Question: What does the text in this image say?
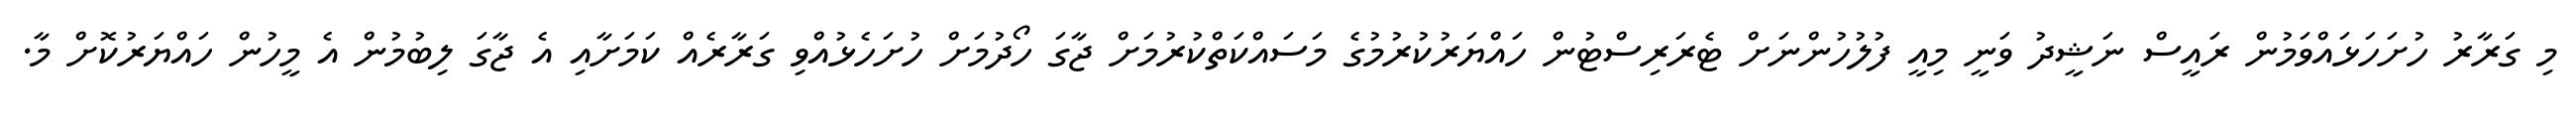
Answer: މި ގަރާރު ހުށަހަޅައްވަމުން ރައީސް ނަޝީދު ވަނީ މިއީ ފުލުހުންނަށް ޓެރަރިސްޓުން ހައްޔަރުކުރުމުގެ މަސައްކަތްކުރުމަށް ޖާގަ ހޯދުމަށް ހުށަހެޅުއްވި ގަރާރެއް ކަމަށާއި އެ ޖާގަ ލިބުމުން އެ މީހުން ހައްޔަރުކޮށް މާ.